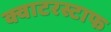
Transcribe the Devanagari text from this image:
क्वाटरस्टाफ